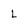
Character: L